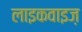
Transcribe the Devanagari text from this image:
लाइकवाइज़